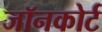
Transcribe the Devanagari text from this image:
जॉनकोर्ट